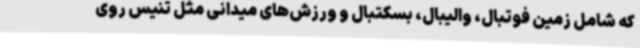
که شامل زمین فوتبال، والیبال، بسکتبال و ورزش‌های میدانی مثل تنیس روی